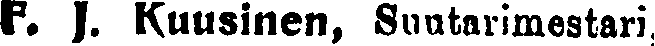
F. J. Kuusinen, Suutarimestari,